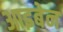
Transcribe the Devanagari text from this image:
आइबेन